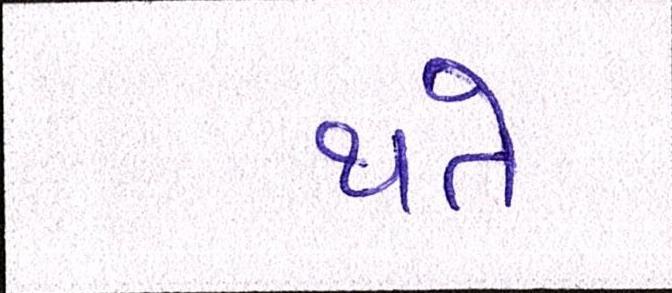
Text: થતે